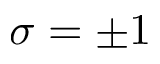
\sigma = \pm 1